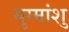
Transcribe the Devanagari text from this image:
युग्मांशु